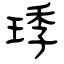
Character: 㻑